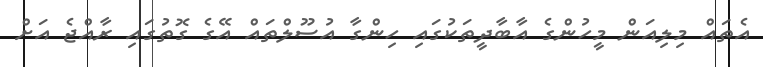
އެތައް މިލިއަން މީހުންގެ އާބާދީތަކުގައި ހިންގާ އުސޫލްތައް އޭގެ ގޮތުގައި ރާއްޖެ އަށް